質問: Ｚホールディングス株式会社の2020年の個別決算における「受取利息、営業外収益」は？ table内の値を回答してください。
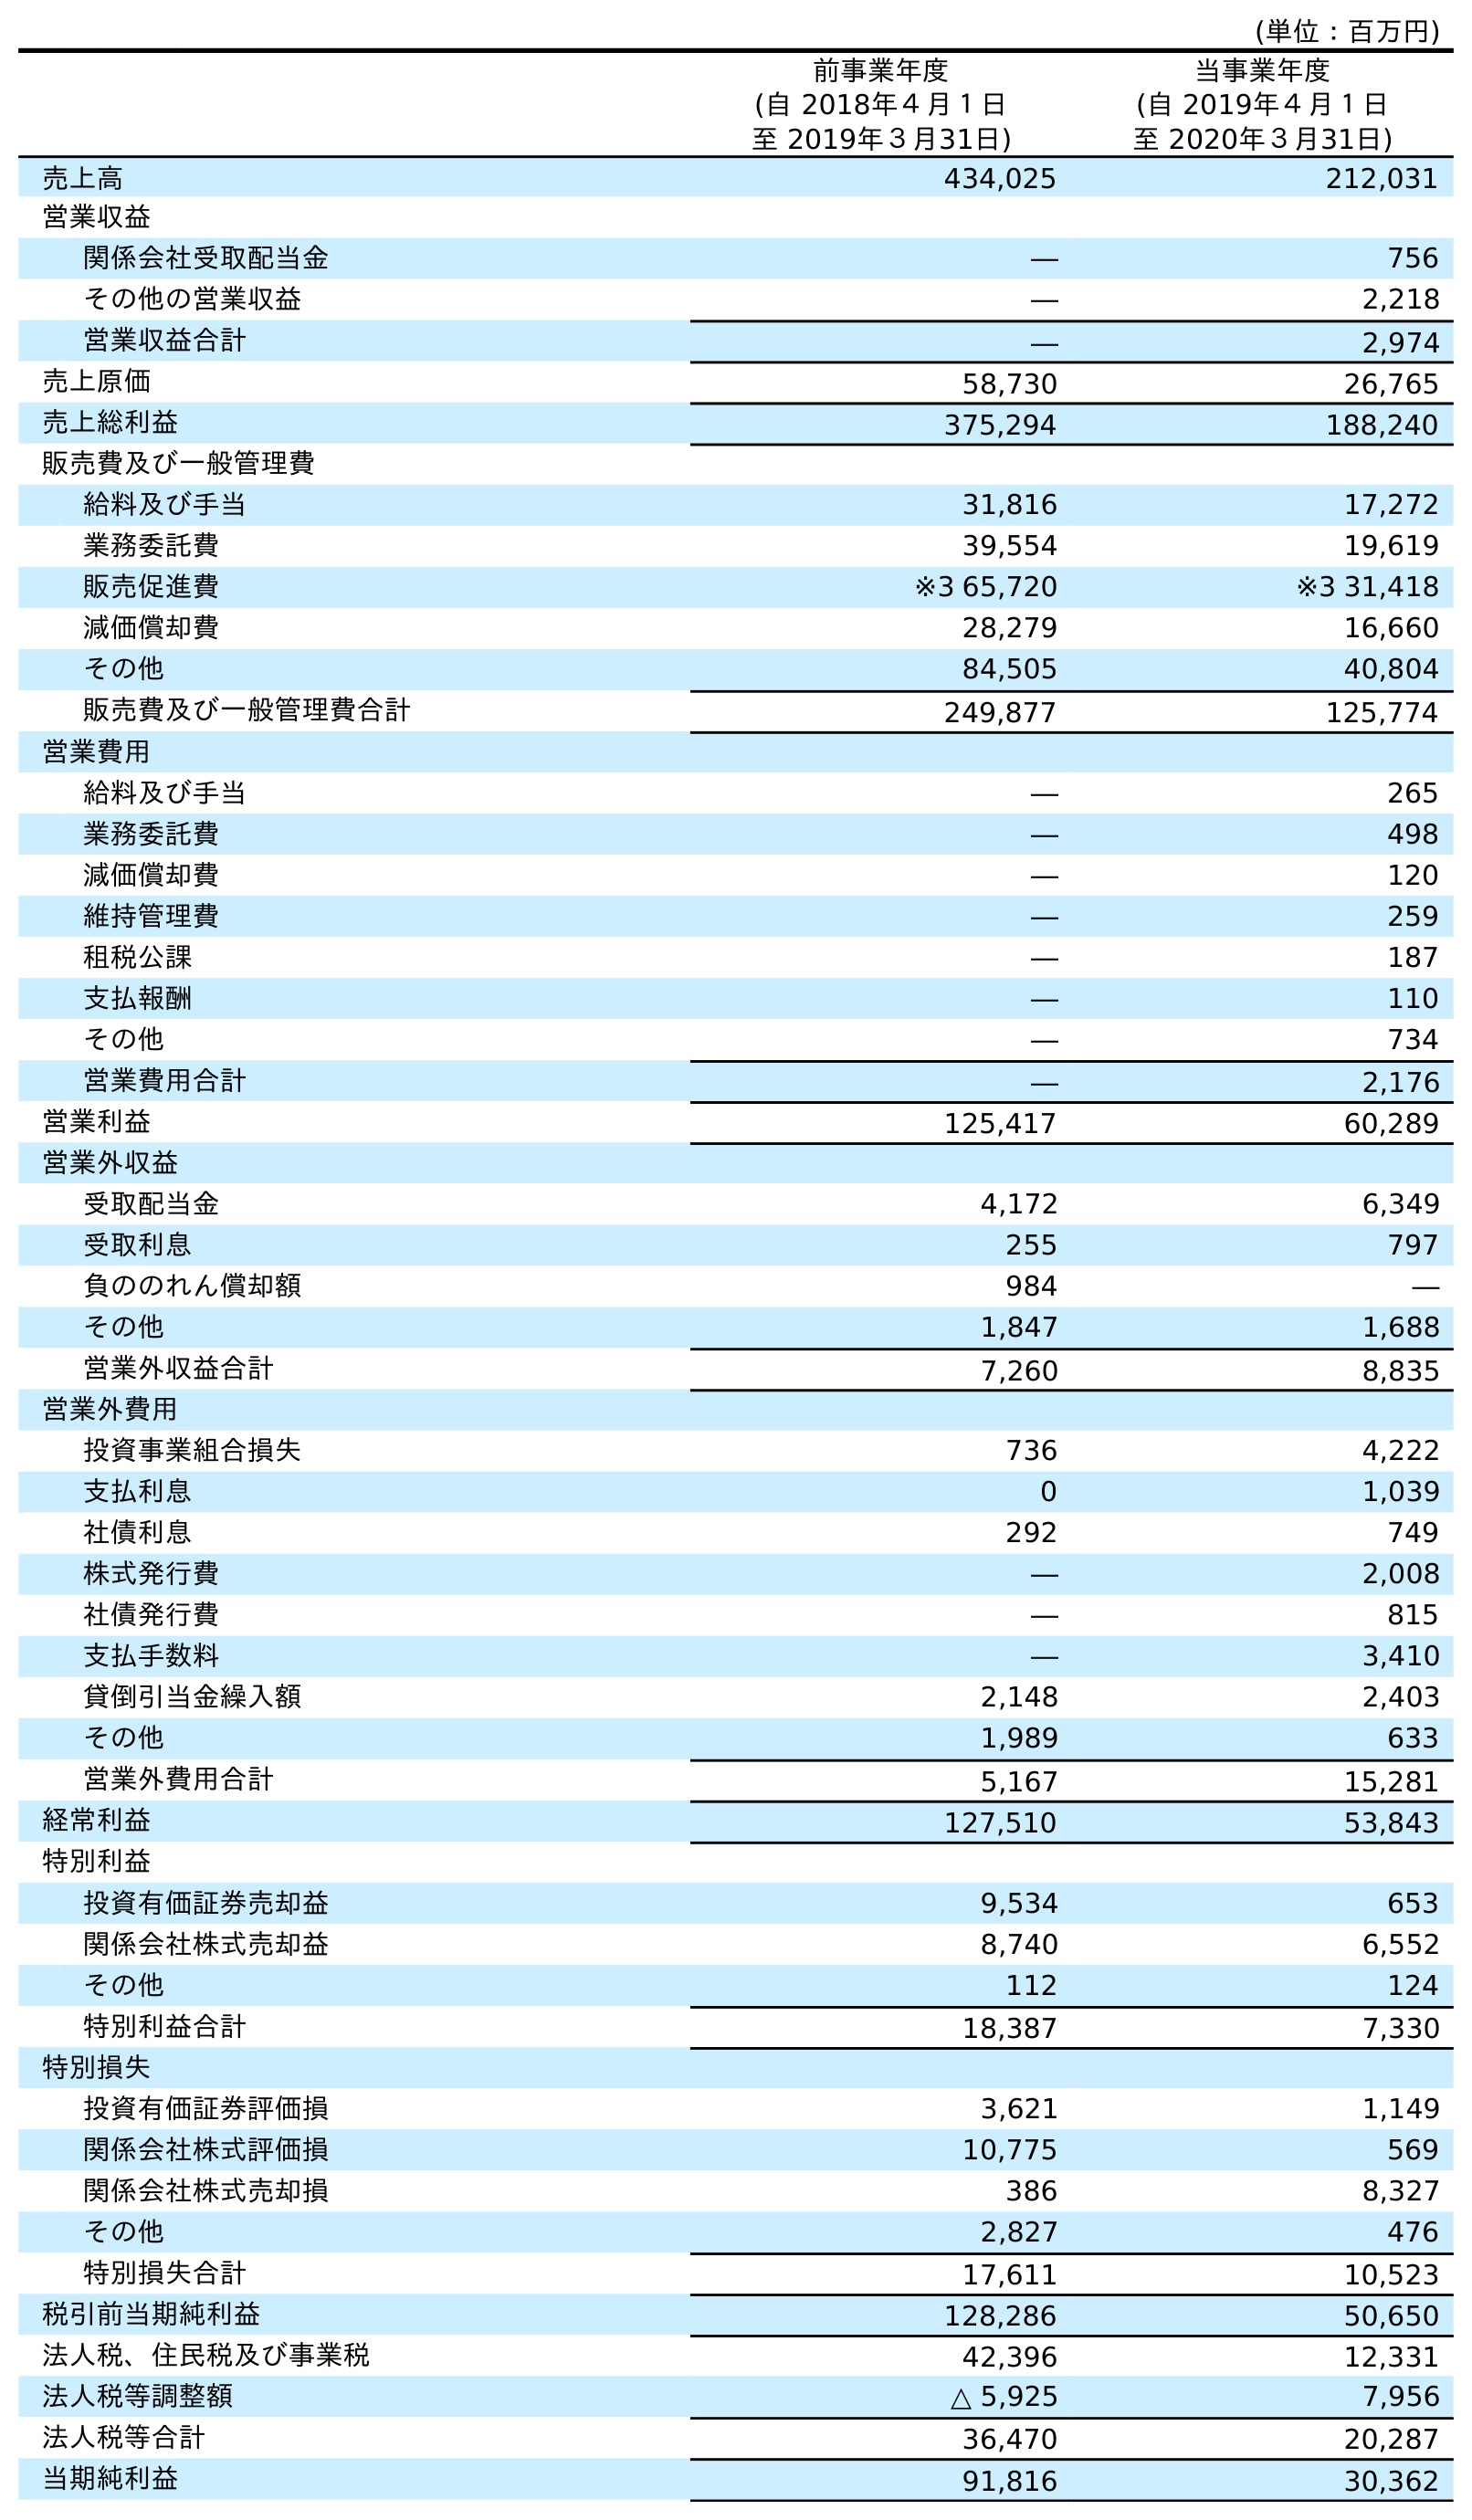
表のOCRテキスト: (単位：百万円) 前事業年度 (自 2018年４月１日 至 2019年３月31日) 当事業年度 (自 2019年４月１日 至 2020年３月31日) 売上高 434,025 212,031 営業収益 関係会社受取配当金 ― 756 その他の営業収益 ― 2,218 営業収益合計 ― 2,974 売上原価 58,730 26,765 売上総利益 375,294 188,240 販売費及び一般管理費 給料及び手当 31,816 17,272 業務委託費 39,554 19,619 販売促進費 ※3 65,720 ※3 31,418 減価償却費 28,279 16,660 その他 84,505 40,804 販売費及び一般管理費合計 249,877 125,774 営業費用 給料及び手当 ― 265 業務委託費 ― 498 減価償却費 ― 120 維持管理費 ― 259 租税公課 ― 187 支払報酬 ― 110 その他 ― 734 営業費用合計 ― 2,176 営業利益 125,417 60,289 営業外収益 受取配当金 4,172 6,349 受取利息 255 797 負ののれん償却額 984 ― その他 1,847 1,688 営業外収益合計 7,260 8,835 営業外費用 投資事業組合損失 736 4,222 支払利息 0 1,039 社債利息 292 749 株式発行費 ― 2,008 社債発行費 ― 815 支払手数料 ― 3,410 貸倒引当金繰入額 2,148 2,403 その他 1,989 633 営業外費用合計 5,167 15,281 経常利益 127,510 53,843 特別利益 投資有価証券売却益 9,534 653 関係会社株式売却益 8,740 6,552 その他 112 124 特別利益合計 18,387 7,330 特別損失 投資有価証券評価損 3,621 1,149 関係会社株式評価損 10,775 569 関係会社株式売却損 386 8,327 その他 2,827 476 特別損失合計 17,611 10,523 税引前当期純利益 128,286 50,650 法人税、住民税及び事業税 42,396 12,331 法人税等調整額 △ 5,925 7,956 法人税等合計 36,470 20,287 当期純利益 91,816 30,362
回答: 797